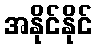
အနိုင်နိုင်